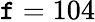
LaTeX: \mathtt{f}=104